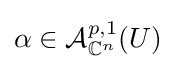
\alpha \in {\mathcal {A}}_{\mathbb {C} ^{n}}^{p,1}(U)